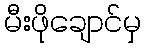
မီးဖိုချောင်မှ